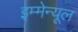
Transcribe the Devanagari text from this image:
इम्मेन्यूल